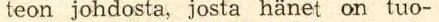
teon johdosta, josta hänet on tuo-